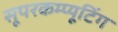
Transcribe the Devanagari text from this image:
सूपरकम्प्यूटिंग